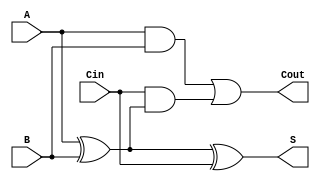
module LowPowerFullAdder (
    input wire A,      // First input bit
    input wire B,      // Second input bit
    input wire Cin,    // Carry-in bit
    output wire S,     // Sum output
    output wire Cout   // Carry-out output
);

// Internal wires for intermediate signals
wire AxorB; // Intermediate signal for A  B

// Logic for Sum (S) and Carry-out (Cout)
assign AxorB = A ^ B;      // A  B
assign S = AxorB ^ Cin;    // S = (A  B)  Cin
assign Cout = (A & B) | (Cin & AxorB); // Cout = (A AND B) OR (Cin AND (A  B))

endmodule